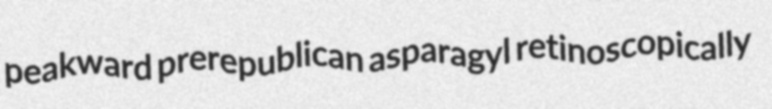
peakward prerepublican asparagyl retinoscopically